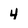
Character: 4